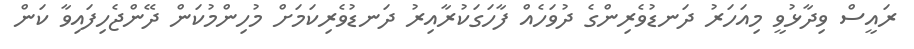
ރައީސް ވިދާޅުވީ މިއަހަރު ދަނޑުވެރިންގެ ދުވަހެއް ފާހަގަކުރާއިރު ދަނޑުވެރިކަމަށް މުހިންމުކަން ދޭންޖެހިފައިވާ ކަން